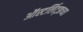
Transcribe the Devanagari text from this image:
ऑस्टर्लिट्झच्या